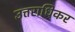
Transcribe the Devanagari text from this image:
उत्तराधिकर